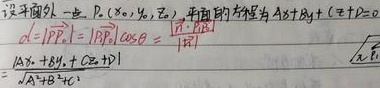
设平面\(\pi:Ax + By + Cz + D = 0\)，\(P(x_{0},y_{0},z_{0})\)，平面的法向量为\(\vec{n}=(A,B,C)\)。

\(d = \vert\overrightarrow{PP_{0}}\vert = \vert\overrightarrow{BP_{0}}\vert\cos\theta = \frac{\vert\overrightarrow{n}\cdot\overrightarrow{BP_{0}}\vert}{\vert\vec{n}\vert}=\frac{\vert Ax_{0}+By_{0}+Cz_{0}+D\vert}{\sqrt{A^{2}+B^{2}+C^{2}}}\)